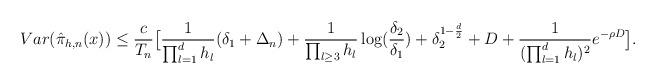
LaTeX: \begin{align*}Var(\hat{\pi}_{h,n}(x)) & \le \frac{c}{T_n} \big[ \frac{1}{\prod_{l =1}^d h_l}(\delta_1 + \Delta_n) + \frac{1}{\prod_{l \ge 3} h_l} \log (\frac{\delta_2}{\delta_1}) + \delta_2^{1 - \frac{d}{2}} + D + \frac{1}{(\prod_{l = 1}^d h_l)^2}e^{- \rho D} \big].\end{align*}